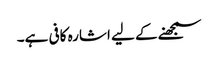
سمجھنے کے لیے اشارہ کافی ہے۔